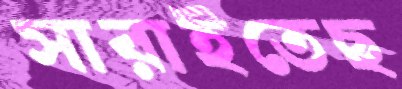
সারাইতেছ